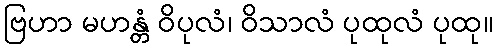
ဗြဟာ မဟန္တံ ဝိပုလံ၊ ဝိသာလံ ပုထုလံ ပုထု။